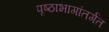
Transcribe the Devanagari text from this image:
पृष्ठाभागांतर्गत